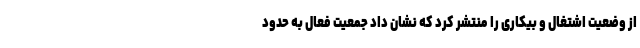
از وضعیت اشتغال و بیکاری را منتشر کرد که نشان داد جمعیت فعال به حدود